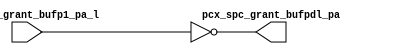
module pcx_buf_pdl(/*AUTOARG*/
   // Outputs
   pcx_spc_grant_bufpdl_pa, 
   // Inputs
   pcx_spc_grant_bufp1_pa_l
   );

   output [4:0] 	pcx_spc_grant_bufpdl_pa;

   input [4:0] 		pcx_spc_grant_bufp1_pa_l;

   

   assign pcx_spc_grant_bufpdl_pa =	~pcx_spc_grant_bufp1_pa_l;

   

endmodule